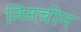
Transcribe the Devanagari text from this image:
निमचीन